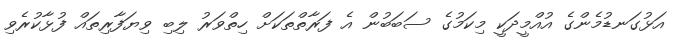
އަޅުގަނޑުމެންގެ އުއްމީދަކީ މިކަމުގެ ސަބަބުން އެ ފަރާތްތަކަށް ހިތްވަރު ލިބި ވިޔަފާރިތައް ފުޅާކުރެވި